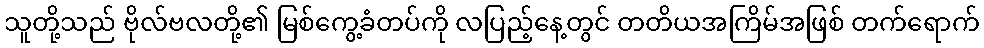
သူတို့သည် ဗိုလ်ဗလတို့၏ မြစ်ကွေ့ခံတပ်ကို လပြည့်နေ့တွင် တတိယအကြိမ်အဖြစ် တက်ရောက်